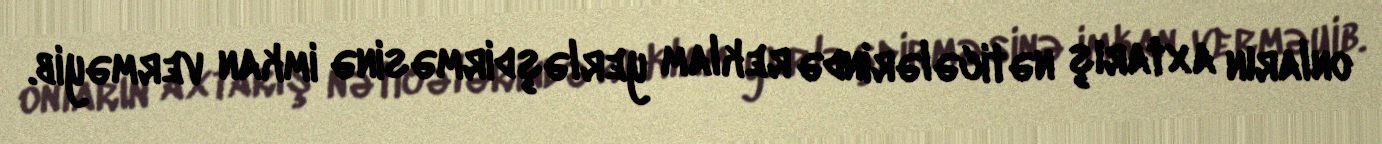
onların axtarış nəticələrində reklam yerləşdirməsinə imkan verməyib.